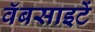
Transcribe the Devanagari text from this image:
वॅबसाइटें